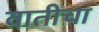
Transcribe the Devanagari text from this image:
वातीचा